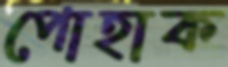
পোহাক